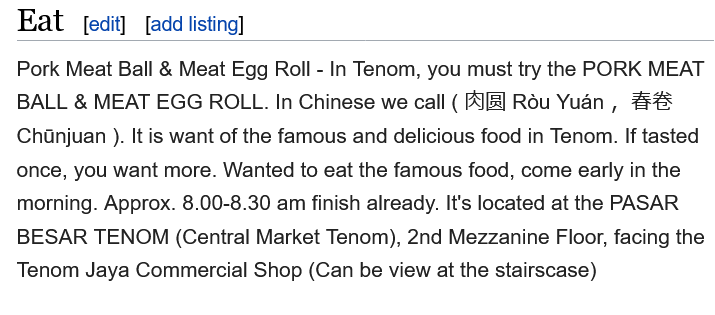
Eat
  Pork Meat Ball & Meat Egg Roll
     -
     In Tenom, you must try the PORK MEAT
  BALL & MEAT  EGG  ROLL. In Chinese we call ( AE] Rou Yuan, #8
  Chinjuan ). It is want of the famous and delicious food in Tenom. If tasted

  once, you want more. Wanted to eat the famous food, come early in the
  morning. Approx. 8.00-8.30 am finish already. It's located at the PASAR
  BESAR  TENOM (Central Market Tenom), 2nd Mezzanine Floor, facing the
  Tenom Jaya Commercial Shop (Can be view at the stairscase)
     [edit] [add listing]